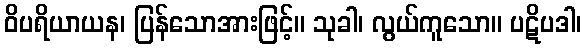
ဝိပရိယာယန၊ ပြန်သောအားဖြင့်။ သုခါ၊ လွယ်ကူသော။ ပဋိပဒါ၊